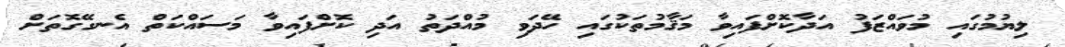
ލިޔުމުގައި މުވައްޒަފު އަދާކޮށްފައިވާ މަޤާމުތަކުގައި ހޭދަވި މުއްދަތު އަދި ކޮށްފައިވާ މަސައްކަތް އެނގޭގޮތަށް